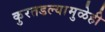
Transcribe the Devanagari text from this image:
कुरतडल्यामुळेही